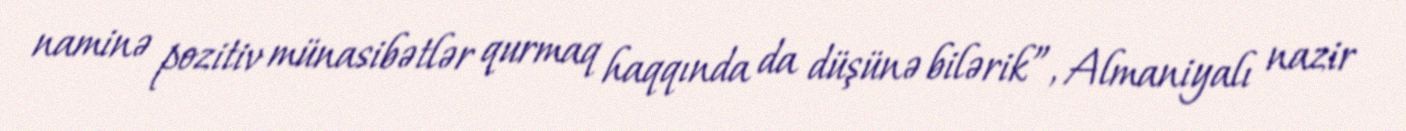
naminə pozitiv münasibətlər qurmaq haqqında da düşünə bilərik”, Almaniyalı nazir